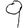
Digit: 9